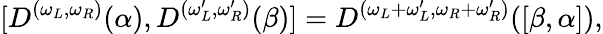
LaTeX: [D^{(\omega_{L},\omega_{R})}(\alpha),D^{(\omega_{L}^{\prime},\omega_{R}^{\prime})}(\beta)]=D^{(\omega_{L}+\omega_{L}^{\prime},\omega_{R}+\omega_{R}^{\prime})}([\beta,\alpha]),